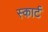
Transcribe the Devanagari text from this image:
स्कार्ट